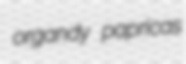
organdy papricas